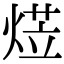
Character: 𭵋